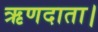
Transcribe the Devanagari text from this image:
ऋणदाता।